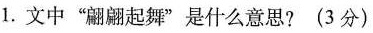
1.文中“翩翩起舞”是什么意思?(3分)